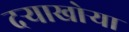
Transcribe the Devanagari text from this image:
दर्‍याखोर्‍या